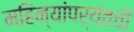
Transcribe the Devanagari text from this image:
महिन्यांपर्यंतची